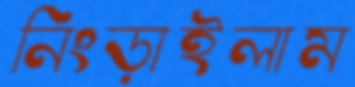
নিংড়াইলাম